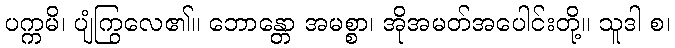
ပက္ကမိ၊ ပျံကြွလေ၏။ ဘောန္တော အမစ္စာ၊ အိုအမတ်အပေါင်းတို့။ သူဒါ စ၊